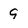
Character: 9